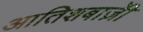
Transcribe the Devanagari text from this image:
आतिशबाज़ीे